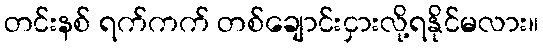
တင်းနစ် ရက်ကက် တစ်ချောင်းငှားလို့ရနိုင်မလား။